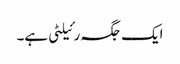
ایک جگہ رئیلٹی ہے۔